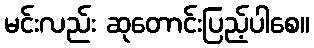
မင်းလည်း ဆုတောင်းပြည့်ပါစေ။